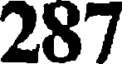
287